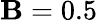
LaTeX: \mathbf{B}=0.5